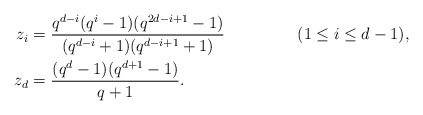
\begin{align*} z_i &= \frac{q^{d-i}(q^i-1)(q^{2d-i+1}-1)} {(q^{d-i}+1)(q^{d-i+1}+1)} && (1 \leq i \leq d-1),\\ z_d &= \frac{(q^d-1)(q^{d+1}-1)} {q+1}.\end{align*}